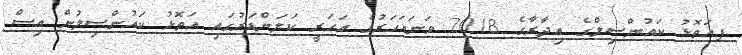
ފ.އަތޮޅު ކައުންސިލްގެ އިދާރާގެ 2018 ވަނައަހަރުގެ އަހަރީ ކަލަންޑަރުގައި އަތޮޅު ކައުންސިލުން އިސް